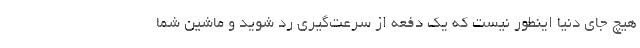
هیچ جای دنیا اینطور نیست که یک دفعه از سرعت‌گیری رد شوید و ماشین شما